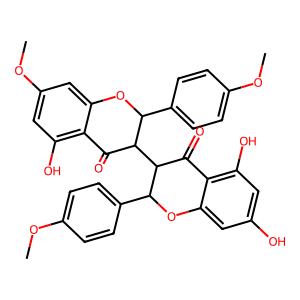
SMILES: COc1ccc(C2Oc3cc(O)cc(O)c3C(=O)C2C2C(=O)c3c(O)cc(OC)cc3OC2c2ccc(OC)cc2)cc1
Inhibits HIV replication: No